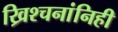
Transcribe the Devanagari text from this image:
ख्रिश्चनांनिही